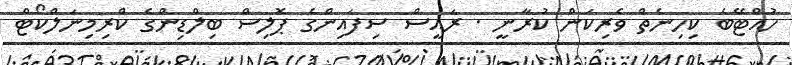
ހުއްޓޭބެ ކިހިނެތް ވެރިކަން ކުރާނީ . ރައީސް ސިފައިންގެ ޕޮލިސް ބިލްޑިންގެ ކްރިމިނަލްކޯޓް